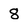
Character: 8